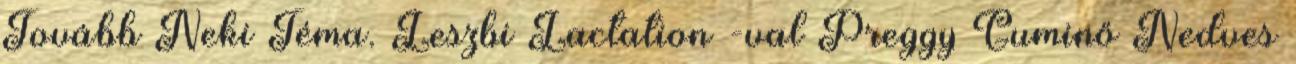
Tovább Neki Téma. Leszbi Lactation -val Preggy Guminő Nedves